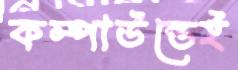
কম্পাউন্ডেই